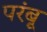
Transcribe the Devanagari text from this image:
परंबू